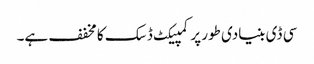
سی ڈی بنیادی طور پر کمپیکٹ ڈسک کا مخفف ہے۔